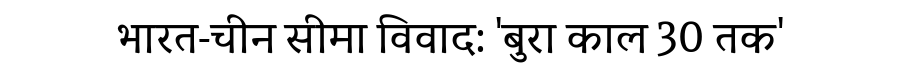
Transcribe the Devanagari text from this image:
भारत-चीन सीमा विवाद: 'बुरा काल 30 तक'